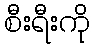
စီးရီးကို